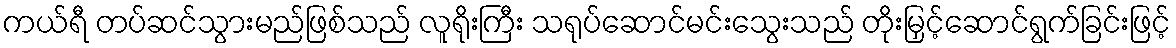
ကယ်ရီ တပ်ဆင်သွားမည်ဖြစ်သည် လူရိုးကြီး သရုပ်ဆောင်မင်းသွေးသည် တိုးမြှင့်ဆောင်ရွက်ခြင်းဖြင့်